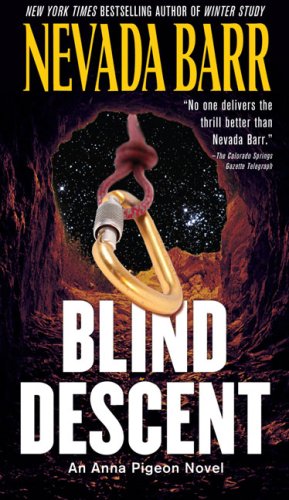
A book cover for Blind Descent (Anna Pigeon); Nevada Barr; Literature & Fiction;